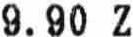
9.90 Z